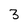
Character: 3